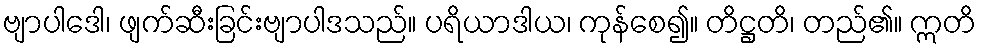
ဗျာပါဒေါ၊ ဖျက်ဆီးခြင်းဗျာပါဒသည်။ ပရိယာဒါယ၊ ကုန်စေ၍။ တိဋ္ဌတိ၊ တည်၏။ ဣတိ